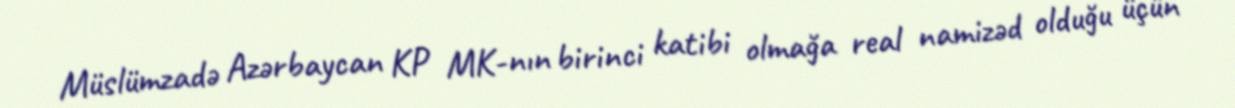
Müslümzadə Azərbaycan KP MK-nın birinci katibi olmağa real namizəd olduğu üçün